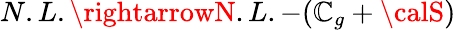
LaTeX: N.L.\rightarrowN.L.-(\mathbb{C}_{g}+{\calS})